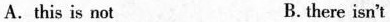
A.this is not B. there isn't